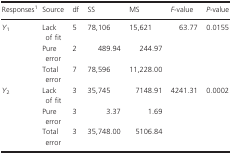
| Responses1 | Source | df | SS | MS | F-value | P-value |
 | --- | --- | --- | --- | --- | --- | --- |
 | <ROWSPAN=3> Y1 | Lack of fit | 5 | 78,106 | 15,621 | 63.77 | 0.0155 |
 | Pure error | 2 | 489.94 | 244.97 |  |  |
 | Total error | 7 | 78,596 | 11,228.00 |  |  |
 | <ROWSPAN=3> Y2 | Lack of fit | 3 | 35,745 | 7148.91 | 4241.31 | 0.0002 |
 | Pure error | 3 | 3.37 | 1.69 |  |  |
 | Total error | 3 | 35,748.00 | 5106.84 |  |  |